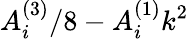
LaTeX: A_{i}^{(3)}/8-A_{i}^{(1)}k^{2}